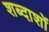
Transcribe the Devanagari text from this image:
शब्दाशों